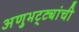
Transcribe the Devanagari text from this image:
अणुभट्ट्यांची